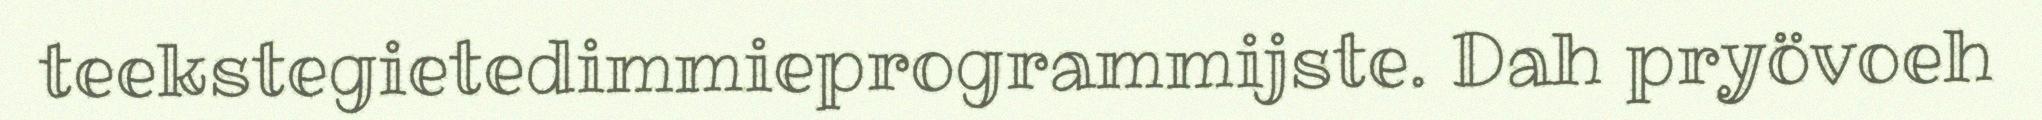
teekstegietedimmieprogrammijste. Dah pryövoeh